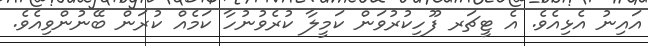
އައިނު އެޅިއެވެ. އެ ޓީޗަރ ފޫހިކުރުވަން ކަމީލާ ކުރެވުނުހާ ކަމެއް ކުރަން ބޭނުންވިއެވެ.